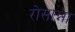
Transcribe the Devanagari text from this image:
रोसान्ना